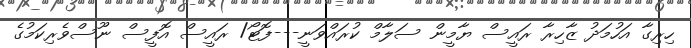
ހިރިގާ އަހުމަދު ޒާހިރާ ރައީސް ޔާމީން ސަލާމް ކުރައްވަނީ---ފޮޓޯ/ ރައީސް އޮފީސް ނޫސްވެރިކަމުގެ